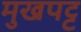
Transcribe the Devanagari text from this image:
मुखपट्ट